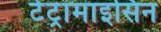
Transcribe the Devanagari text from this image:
टेट्रामाइसिन